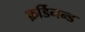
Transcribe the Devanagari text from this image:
फ़र्डिनन्ड